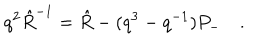
q ^ { 2 } \hat { R } ^ { - 1 } = \hat { R } - ( q ^ { 3 } - q ^ { - 1 } ) P _ { - } \quad .